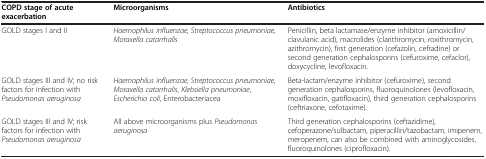
<table><thead><tr><td><b>COPD stage of acute exacerbation</b></td><td><b>Microorganisms</b></td><td><b>Antibiotics</b></td></tr></thead><tbody><tr><td>GOLD stages I and II</td><td><i>Haemophilus influenzae</i>, <i>Streptococcus pneumoniae</i>, <i>Moraxella catarrhalis</i></td><td>Penicillin, beta lactamase/enzyme inhibitor (amoxicillin/clavulanic acid), macrolides (clarithromycin, roxithromycin, azithromycin), first generation (cefazolin, cefradine) or second generation cephalosporins (cefuroxime, cefaclor), doxycycline, levofloxacin.</td></tr><tr><td>GOLD stages III and IV; no risk factors for infection with <i>Pseudomonas aeruginosa</i></td><td><i>Haemophilus influenzae</i>, <i>Streptococcus pneumoniae</i>, <i>Moraxella catarrhalis</i>, <i>Klebsiella pneumoniae</i>, <i>Escherichia coli</i>, Enterobacteriacea</td><td>Beta-lactam/enzyme inhibitor (cefuroxime), second generation cephalosporins, fluoroquinolones (levofloxacin, moxifloxacin, gatifloxacin), third generation cephalosporins (ceftriaxone, cefotaxime).</td></tr><tr><td>GOLD stages III and IV; risk factors for infection with <i>Pseudomonas aeruginosa</i></td><td>All above microorganisms plus <i>Pseudomonas aeruginosa</i></td><td>Third generation cephalosporins (ceftazidime), cefoperazone/sulbactam, piperacillin/tazobactam, imipenem, meropenem, can also be combined with aminoglycosides, fluoroquinolones (ciprofloxacin).</td></tr></tbody></table>